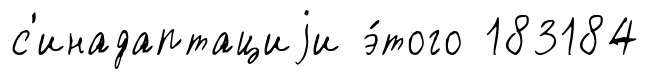
с'инадаптациjи э́того 183184